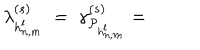
LaTeX: \lambda _ { h _ { n , m } ^ { l } } ^ { ( s ) } \; = \; \gamma _ { { \cal P } _ { h _ { n , m } ^ { l } } } ^ { ( s ) } =